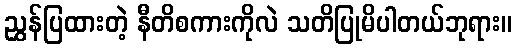
ညွှန်ပြထားတဲ့ နီတိစကားကိုလဲ သတိပြုမိပါတယ်ဘုရား။